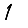
Digit: 1